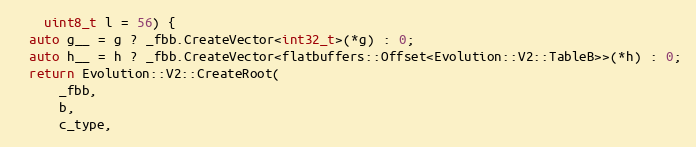
Language: C
    uint8_t l = 56) {
  auto g__ = g ? _fbb.CreateVector<int32_t>(*g) : 0;
  auto h__ = h ? _fbb.CreateVector<flatbuffers::Offset<Evolution::V2::TableB>>(*h) : 0;
  return Evolution::V2::CreateRoot(
      _fbb,
      b,
      c_type,